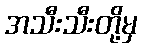
အသီးသီးတို့မှ